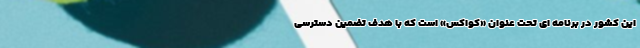
این کشور در برنامه ای تحت عنوان «کواکس» است که با هدف تضمین دسترسی